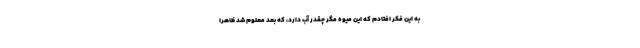
به این فکر افتادم که این میوه مگر چقدر آب دارد، که بعد معلوم شد ظاهراً